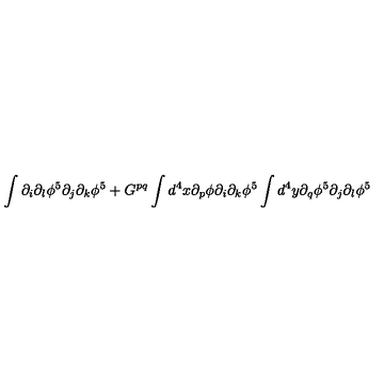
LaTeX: \int \partial _ { i } \partial _ { l } \phi ^ { 5 } \partial _ { j } \partial _ { k } \phi ^ { 5 } + G ^ { p q } \int d ^ { 4 } x \partial _ { p } \phi \partial _ { i } \partial _ { k } \phi ^ { 5 } \int d ^ { 4 } y \partial _ { q } \phi ^ { 5 } \partial _ { j } \partial _ { l } \phi ^ { 5 }